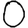
Digit: 0